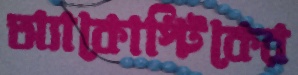
অ্যাকোস্টিকের